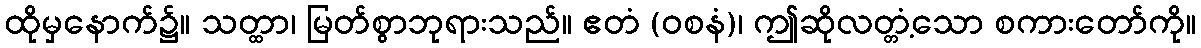
ထိုမှနောက်၌။ သတ္ထာ၊ မြတ်စွာဘုရားသည်။ ဧတံ (ဝစနံ)၊ ဤဆိုလတ္တံ့သော စကားတော်ကို။